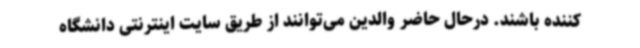
کننده باشند. درحال حاضر والدین می‌توانند از طریق سایت اینترنتی دانشگاه